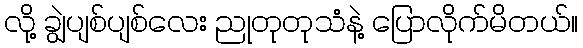
လို့ ချွဲပျစ်ပျစ်လေး ညုတုတုသံနဲ့ ပြောလိုက်မိတယ်။